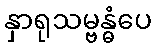
နှာရုသမ္ဗန္ဓံပေ